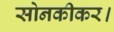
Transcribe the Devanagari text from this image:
सोनकीकर।